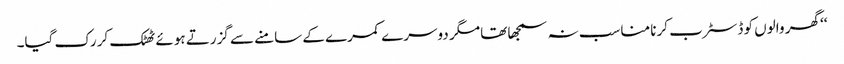
‘‘ گھر والوں کو ڈسٹرب کرنا مناسب نہ سمجھا تھا مگر دوسرے کمرے کے سامنے سے گزرتے ہوئے ٹھٹک کر رک گیا۔